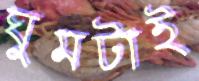
ঘুমটাই